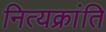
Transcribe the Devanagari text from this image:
नित्यक्रांति